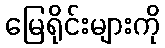
မြေရိုင်းများကို